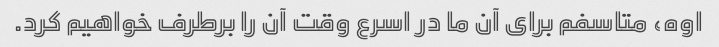
اوه، متاسفم برای آن ما در اسرع وقت آن را برطرف خواهیم کرد.